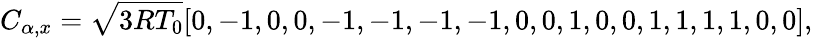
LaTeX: C_{\alpha,x}=\sqrt{3RT_{0}}[0,-1,0,0,-1,-1,-1,-1,0,0,1,0,0,1,1,1,1,0,0],